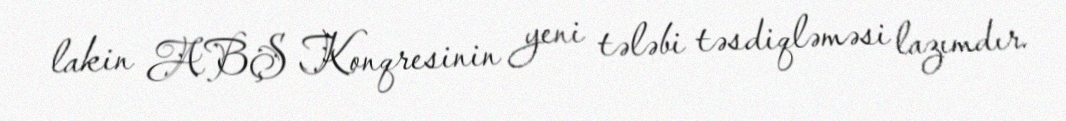
lakin ABŞ Konqresinin yeni tələbi təsdiqləməsi lazımdır.